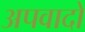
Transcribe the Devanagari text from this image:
अपवादो